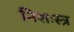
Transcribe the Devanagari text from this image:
निशःस्त्र